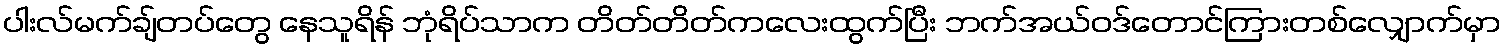
ပါးလ်မက်ချ်တပ်တွေ နေသူရိန် ဘုံရိပ်သာက တိတ်တိတ်ကလေးထွက်ပြီး ဘက်အယ်ဝဒ်တောင်ကြားတစ်လျှောက်မှာ